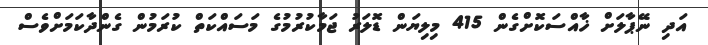
އަދި ނޭޕާލަށް ޚާއްސަކޮށްގެން 415 މިލިޔަން ޑޮލަރު ޖަމާކުރުމުގެ މަސައްކަތް ކުރަމުން ގެންދާކަމަށްވެސް